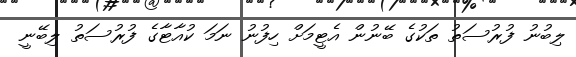
ލިބުނު ފުރުސަތު ތަކުގެ ބޭނުން އެޓީމަށް ހިފުނު ނަމަ ކުއާޓާގެ ފުރުސަތު ލިބޭނީ